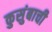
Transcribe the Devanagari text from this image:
कुसुंबाची